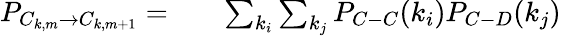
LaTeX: \begin{array}{rlr}{P_{C_{k,m}\rightarrow C_{k,m+1}}=}&{{}}&{\sum_{k_{i}}\sum_{k_{j}}P_{C-C}(k_{i})P_{C-D}(k_{j})}\end{array}